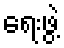
ရေးဖွဲ့